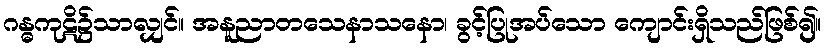
ဂန္ဓကုဋိ၌သာလျှင်။ အနူညာတသေနာသနော၊ ခွင့်ပြုအပ်သော ကျောင်းရှိသည်ဖြစ်၍။